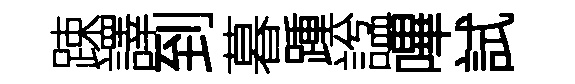
踈譯到暮踵諡嗶試